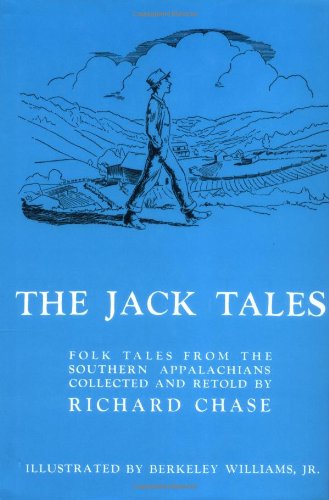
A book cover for The Jack Tales: Folk Tales From The Southern Appalachians; Children's Books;